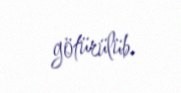
götürülüb.